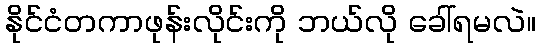
နိုင်ငံတကာဖုန်းလိုင်းကို ဘယ်လို ခေါ်ရမလဲ။